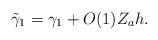
LaTeX: \begin{align*}\tilde{\gamma}_1=\gamma_1+O(1)Z_{a}h.\end{align*}